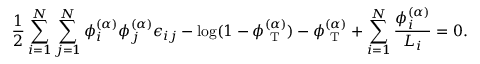
\frac { 1 } { 2 } \sum _ { i = 1 } ^ { N } \sum _ { j = 1 } ^ { N } \phi _ { i } ^ { ( \alpha ) } \phi _ { j } ^ { ( \alpha ) } \epsilon _ { i j } - \log ( 1 - \phi _ { \mathrm { ~ T ~ } } ^ { ( \alpha ) } ) - \phi _ { \mathrm { ~ T ~ } } ^ { ( \alpha ) } + \sum _ { i = 1 } ^ { N } \frac { \phi _ { i } ^ { ( \alpha ) } } { L _ { i } } = 0 .